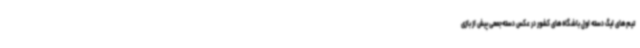
تیم‌های لیگ دسته اول باشگاه‌های کشور در عکس دسته‌جمعی پیش از بازی